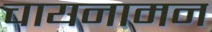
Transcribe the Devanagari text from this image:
चायनामन